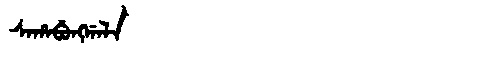
Manchu: ᠰᠠᡥᠠᠪᡠᠩᡤᠠᠯᠠ
Romanization: SAHABUNGGALA